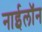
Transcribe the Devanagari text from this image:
नाईलॉन